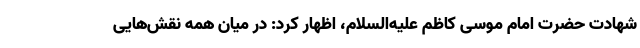
شهادت حضرت امام موسی کاظم علیه‌السلام، اظهار کرد: در میان همه نقش‌هایی